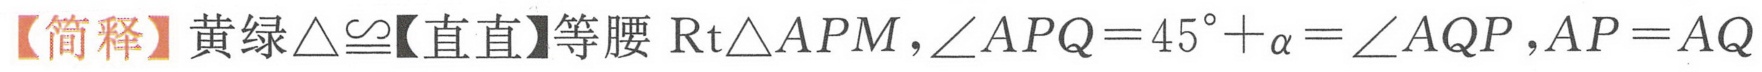
【简释】黄绿$\triangle\cong$【直直】等腰$\text{Rt}\triangle APM$,$\angle APQ = 45^{\circ}+\alpha=\angle AQP$,$AP = AQ$